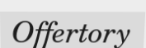
Offertory